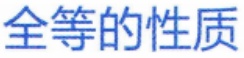
全等的性质